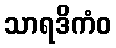
သာရဒိကံဝ